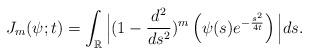
LaTeX: \begin{align*}J_{m}(\psi;t)=\int_{\mathbb{R}}\Big|(1-\frac{d^2}{ds^2})^{m}\left(\psi(s)e^{-\frac{s^2}{4t}}\right)\Big|ds.\end{align*}